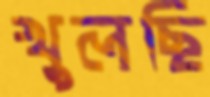
খুলছি